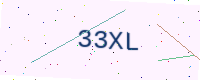
Text: 33XL